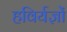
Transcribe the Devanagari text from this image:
हविर्यज्ञों